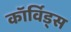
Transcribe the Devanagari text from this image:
कॉर्विड्स